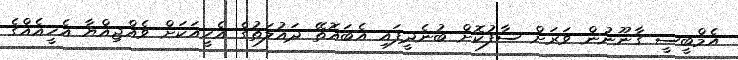
އެމްބީސީ ގާނޫނުން ވަރަށް ސާފުކޮށް ބުނެދީފައި އެބައޮތޭ ދައުލަތުގެ އެހީއަކަށް ވެއްޖިއްޔާ އެހީއެއްގެ